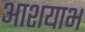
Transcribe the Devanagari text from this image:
आशयाभ